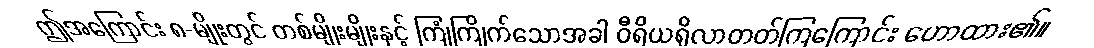
ဤအကြောင်း ၈-မျိုးတွင် တစ်မျိုးမျိုးနှင့် ကြုံကြိုက်သောအခါ ဝီရိယရှိလာတတ်ကြကြောင်း ဟောထား၏။